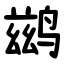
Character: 鹚